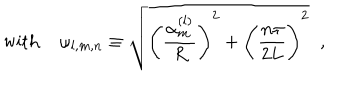
LaTeX: \mathrm { w i t h ~ } \omega _ { l , m , n } \equiv \sqrt { \Biggl ( \frac { \alpha _ { m } ^ { ( l ) } } R \Biggr ) ^ { 2 } + \Biggl ( \frac { n \pi } { 2 L } \Biggr ) ^ { 2 } } \; \; ,